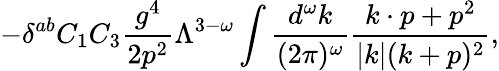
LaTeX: -\delta^{ab}C_{1}C_{3}{\frac{g^{4}}{2p^{2}}}\Lambda^{3-\omega}\int{\frac{d^{\omega}k}{(2\pi)^{\omega}}}{\frac{k\cdot p+p^{2}}{|k|(k+p)^{2}}},